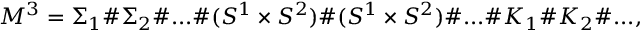
M ^ { 3 } = { \Sigma _ { 1 } } \# { \Sigma _ { 2 } } \# . . . \# ( S ^ { 1 } \times S ^ { 2 } ) \# ( S ^ { 1 } \times S ^ { 2 } ) \# . . . \# K _ { 1 } \# K _ { 2 } \# . . . ,